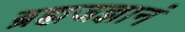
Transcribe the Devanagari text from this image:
ब्रह्मजज्ञानं